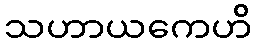
သဟာယကေဟိ